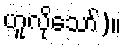
ဟူလိုသော်)။